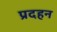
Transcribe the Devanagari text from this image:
प्रदहन